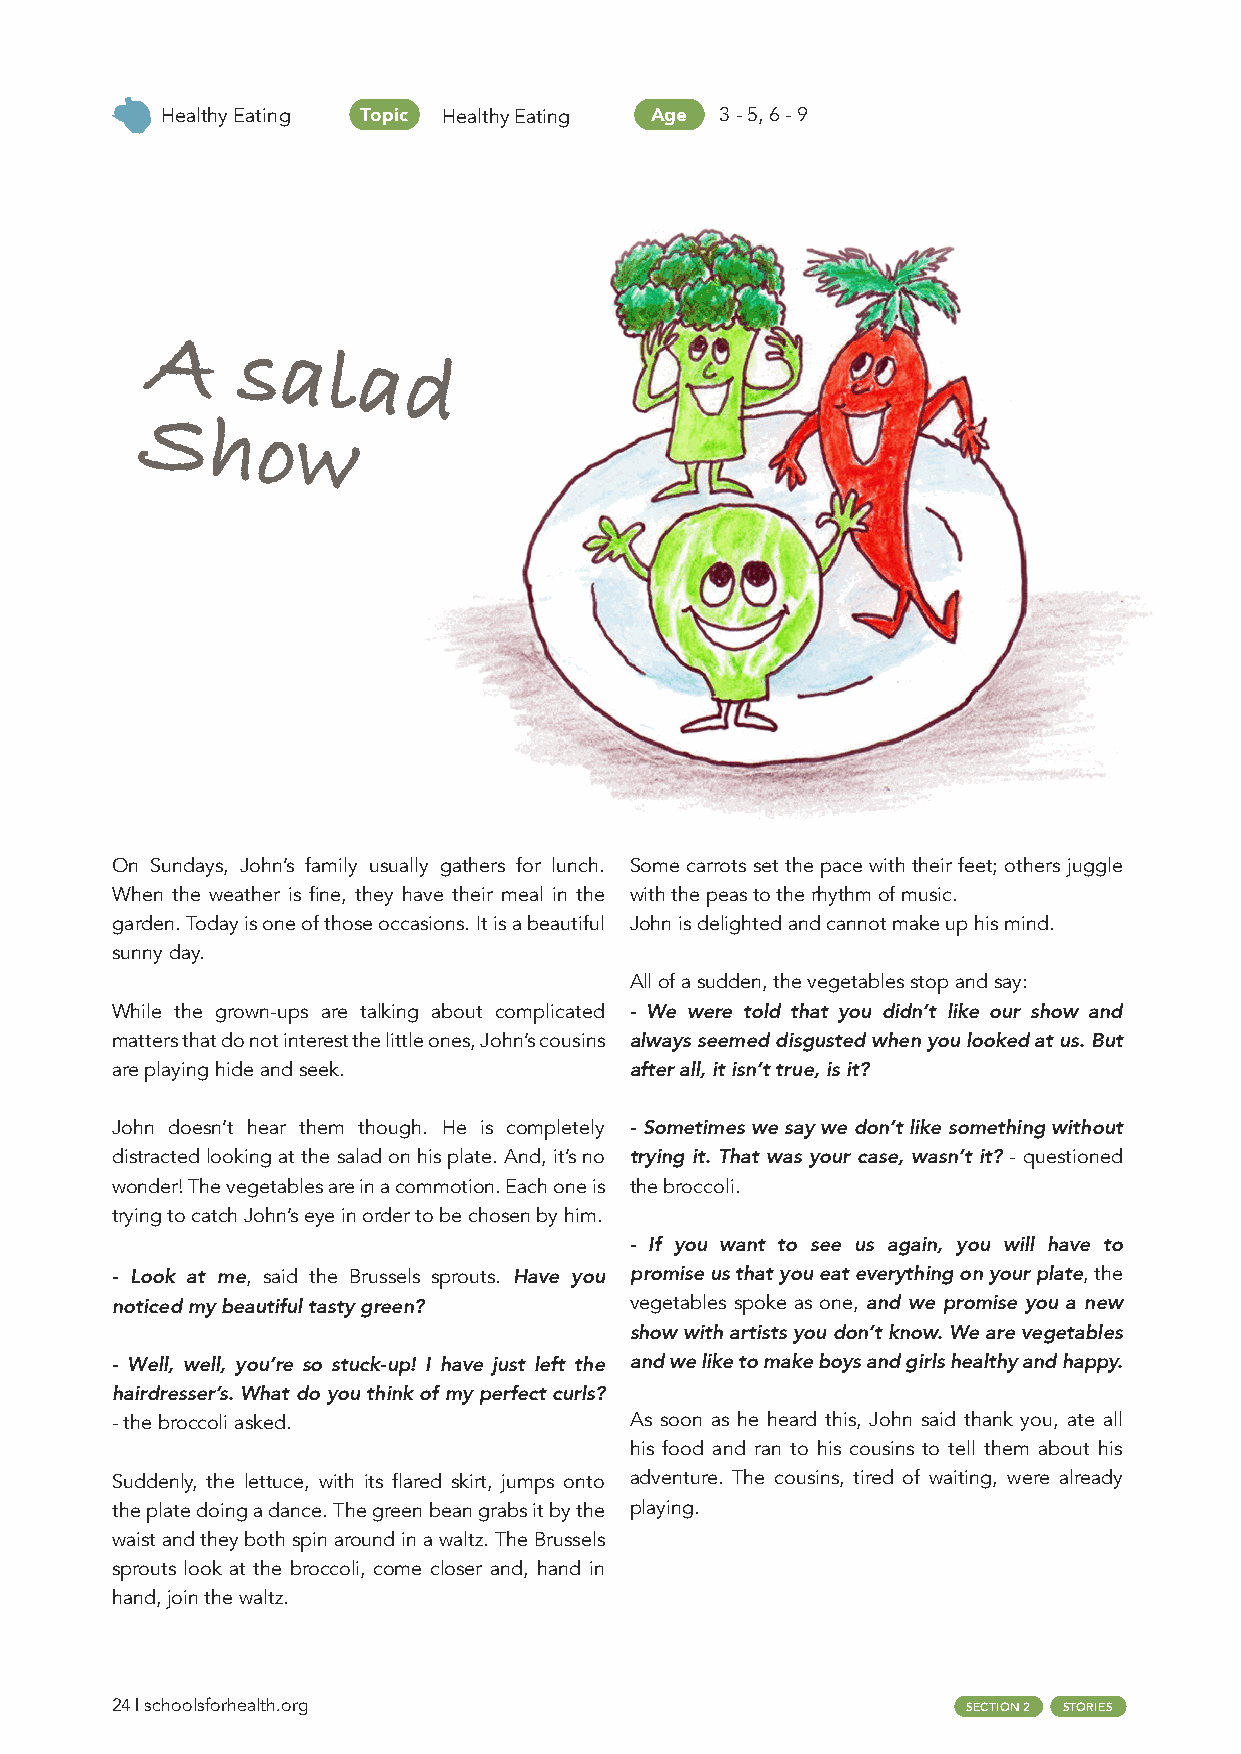
Healthy Eating Topic Healthy Eating Age 3 - 5, 6 - 9
 A
 salad
 Sho
 w
 On Sundays, John’s family usually gathers for lunch. Some carrots set the pace with their feet; others juggle
 When the weather is fine, they have their meal in the with the peas to the rhythm of music.
 garden. Today is one of those occasions. It is a beautiful John is delighted and cannot make up his mind.
 sunny day.
 All of a sudden, the vegetables stop and say:
 While the grown-ups are talking about complicated - We were told that you didn’t like our show and
 matters that do not interest the little ones, John’s cousins always seemed disgusted when you looked at us. But
 are playing hide and seek.         after all, it isn’t true, is it?
 John doesn’t hear them though. He is completely - Sometimes we say we don’t like something without
 distracted looking at the salad on his plate. And, it’s no trying it. That was your case, wasn’t it? - questioned
 wonder! The vegetables are in a commotion. Each one is the broccoli.
 trying to catch John’s eye in order to be chosen by him.
 - If you want to see us again, you will have to
 - Look at me, said the Brussels sprouts. Have you promise us that you eat everything on your plate, the
 noticed my beautiful tasty green?  vegetables spoke as one, and we promise you a new
 show with artists you don’t know. We are vegetables
 - Well, well, you’re so stuck-up! I have just left the and we like to make boys and girls healthy and happy.
 hairdresser’s. What do you think of my perfect curls?
 - the broccoli asked.              As soon as he heard this, John said thank you, ate all
 his food and ran to his cousins to tell them about his
 Suddenly, the lettuce, with its flared skirt, jumps onto adventure. The cousins, tired of waiting, were already
 the plate doing a dance. The green bean grabs it by the playing.
 waist and they both spin around in a waltz. The Brussels
 sprouts look at the broccoli, come closer and, hand in
 hand, join the waltz.
 24 | schoolsforhealth.org                                SECTION 2 STORIES